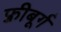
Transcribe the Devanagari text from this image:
फ़्रीबूर्ग